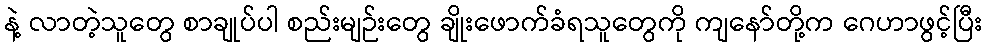
နဲ့ လာတဲ့သူတွေ စာချုပ်ပါ စည်းမျဉ်းတွေ ချိုးဖောက်ခံရသူတွေကို ကျနော်တို့က ဂေဟာဖွင့်ပြီး